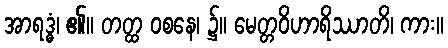
အာရဒ္ဓံ၊ ၏။ တတ္ထ ဝစနေ၊ ၌။ မေတ္တဝိဟာရိဿာတိ၊ ကား။